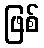
ဖြစ်